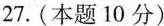
27.(本题10分)